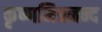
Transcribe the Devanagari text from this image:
कृष्णमित्रनन्द